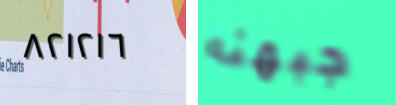
٨٢١٢١٦ جبهته